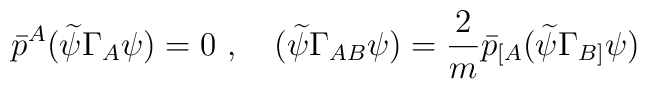
\bar p^A(\widetilde{\psi }\Gamma _A\psi )=0\ ,\quad (\widetilde{\psi }\Gamma_{AB}\psi )=\frac{\displaystyle 2}{\displaystyle m}\bar p_{[A}(\widetilde{\psi }\Gamma _{B]}\psi )